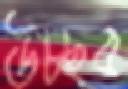
উচ্ছব